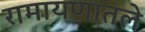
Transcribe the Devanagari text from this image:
रामायणातले